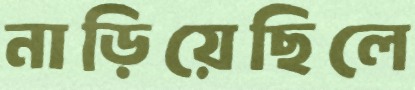
নাড়িয়েছিলে